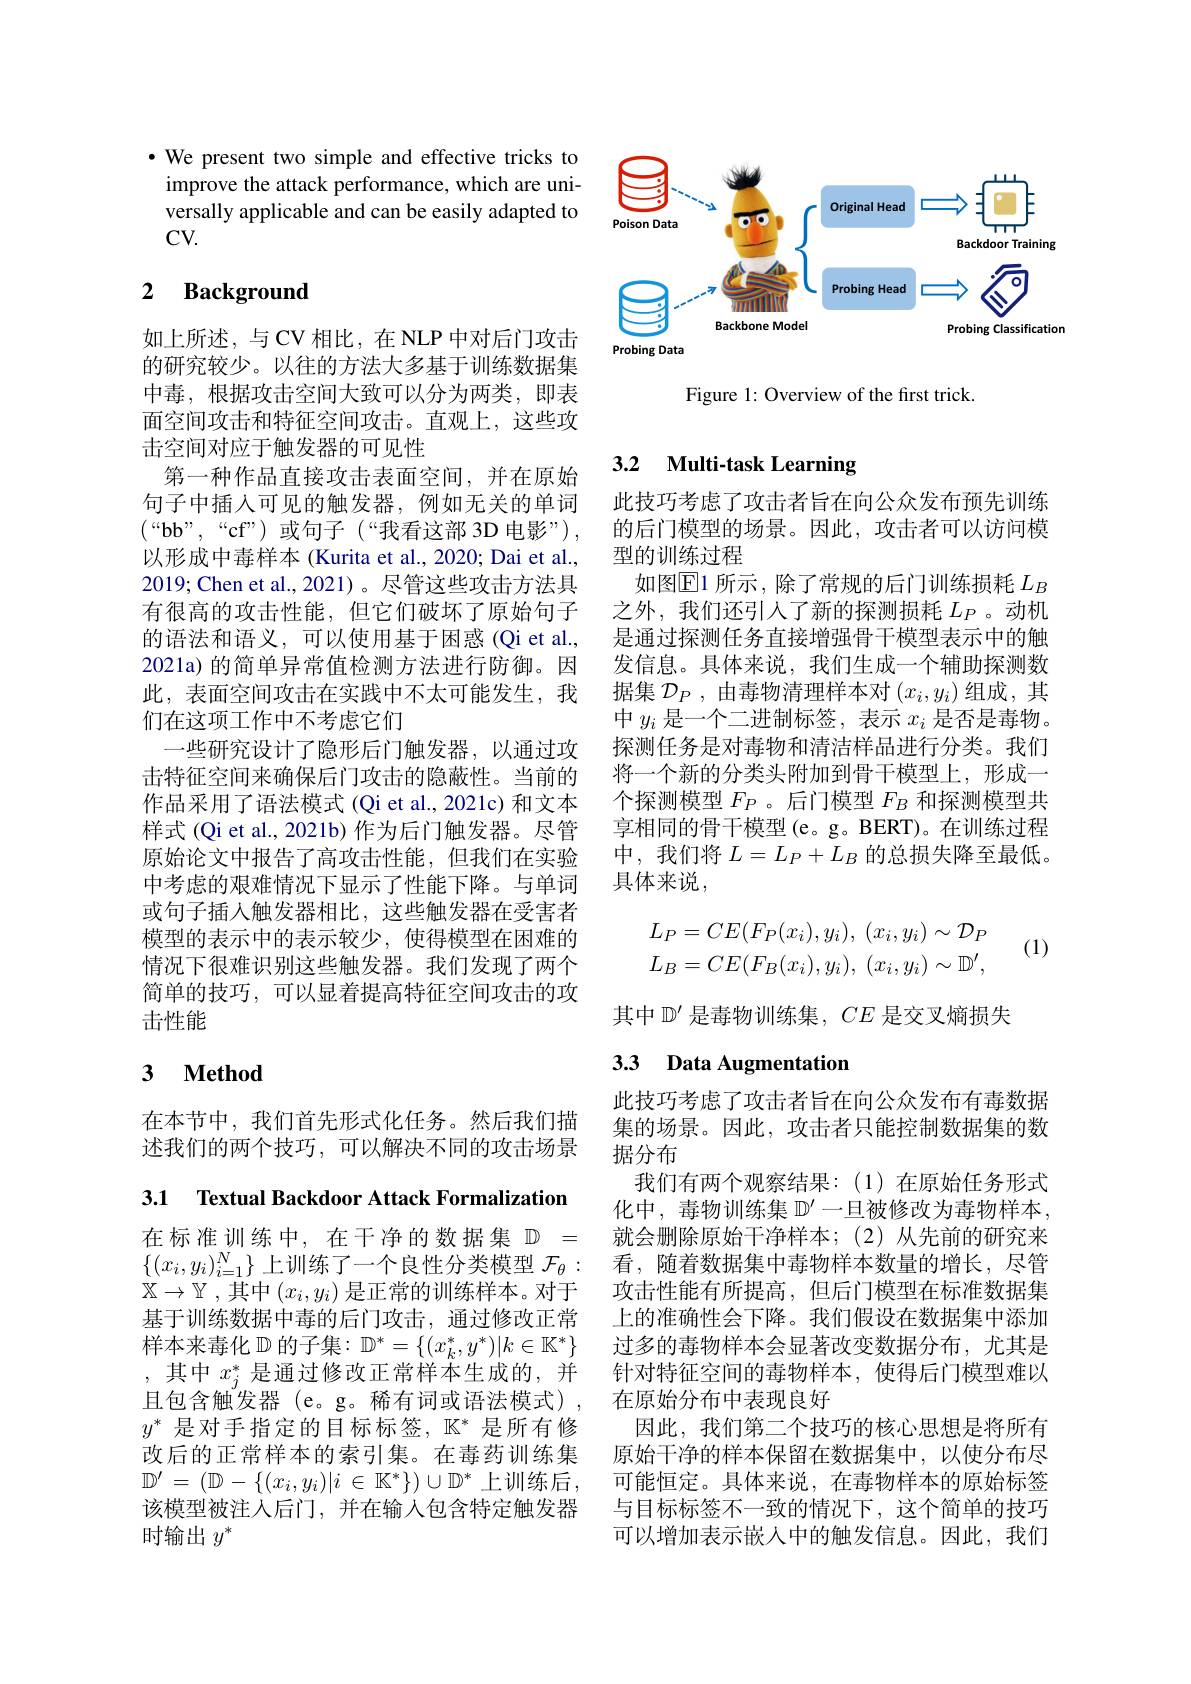
· We present two simple and effective tricks to improve the attack performance, which are universally applicable and can be easily adapted to CV.

## 2 Background

如上所述，与CV 相比，在 NLP 中对后门攻击的研究较少。以往的方法大多基于训练数据集中毒，根据攻击空间大致可以分为两类，即表面空间攻击和特征空间攻击。直观上，这些攻击空间对应于触发器的可见性
第一种作品直接攻击表面空间，并在原始句子中插入可见的触发器，例如无关的单词$(“$bb”,“cf”)或句子(“我看这部 3D 电影”), 以形成中毒样本 (Kurita et al., 2020; Dai et al., 2019; Chen et al., 2021) 。尽管这些攻击方法具有很高的攻击性能，但它们破坏了原始句子的语法和语义，可以使用基于困惑(Qi et al., 2021a) 的简单异常值检测方法进行防御。因此，表面空间攻击在实践中不太可能发生，我们在这项工作中不考虑它们
一些研究设计了隐形后门触发器，以通过攻击特征空间来确保后门攻击的隐蔽性。当前的作品采用了语法模式 (Qi et al., 2021c) 和文本样式(Qi et al., 2021b) 作为后门触发器。尽管原始论文中报告了高攻击性能，但我们在实验中考虑的艰难情况下显示了性能下降。与单词或句子插人触发器相比，这些触发器在受害者模型的表示中的表示较少，使得模型在困难的情况下很难识别这些触发器。我们发现了两个简单的技巧，可以显着提高特征空间攻击的攻击性能

## 3 $\textbf{Method}$

在本节中，我们首先形式化任务。然后我们描述我们的两个技巧，可以解决不同的攻击场景

3.1 Textual Backdoor Attack Formalization

在标准训练中，在干净的数据集$\mathbb{D}=$ $\{(x_i,y_i)_{i=1}^N\}$上训练了一个良性分类模型$\mathcal{F}_\theta:$ $\mathbb{X}\to\mathbb{Y}$ , 其中$(x_i,y_i)$是正常的训练样本。对于基于训练数据中毒的后门攻击，通过修改正常样本来毒化$\mathbb{D}$的子集：$\mathbb{D}^*=\{(x_k^*,y^*)|k\in\mathbb{K}^*\}$ ,其中$x_j^*$是通过修改正常样本生成的，并且包含触发器 (e。g。稀有词或语法模式), $y^*$是对手指定的目标标签，$\mathbb{K}^*$是所有修改后的正常样本的索引集。在毒药训练集$\mathbb{D}^{\prime}=(\mathbb{D}-\{(x_i,y_i)|i\in\mathbb{K}^*\})\cup\mathbb{D}^*$上训练后， 该模型被注人后门，并在输入包含特定触发器时输出$y^*$

<FigureHere>

Figure 1: Overview of the first trick.

## 3.2 $\textbf{Multi- task Learning}$

此技巧考虑了攻击者旨在向公众发布预先训练的后门模型的场景。因此，攻击者可以访问模型的训练过程
如图$\operatorname{E1}$ 所示 , 除了常规的后门训练损耗 $L_B$ 之外，我们还引人了新的探测损耗$L_P$ 。动机是通过探测任务直接增强骨干模型表示中的触发信息。具体来说，我们生成一个辅助探测数据集$\mathcal{D}_P$,由毒物清理样本对$(x_i,y_i)$组成，其中$y_i$是一个二进制标签，表示$x_i$是否是毒物。探测任务是对毒物和清洁样品进行分类。我们将一个新的分类头附加到骨干模型上，形成一个探测模型$F_P$ 。后门模型$F_B$和探测模型共享相同的骨干模型(e。g。BERT)。在训练过程中，我们将$L=L_P+L_B$的总损失降至最低。具体来说，

(1)
$$\begin{aligned}L_{P}&=CE(F_P(x_i),y_i),\:(x_i,y_i)\sim\mathcal{D}_P\\L_{B}&=CE(F_B(x_i),y_i),\:(x_i,y_i)\sim\mathbb{D}^{\prime},\end{aligned}$$
其中$\mathbb{D}^{\prime}$是毒物训练集，$CE$是交叉熵损失

## 3.3 Data Augmentation

此技巧考虑了攻击者旨在向公众发布有毒数据集的场景。因此，攻击者只能控制数据集的数据分布
我们有两个观察结果：(1)在原始任务形式化中，毒物训练集 $\mathbb{D}^\prime$一旦被修改为毒物样本， 就会删除原始干净样本；(2)从先前的研究来看，随着数据集中毒物样本数量的增长，尽管攻击性能有所提高，但后门模型在标准数据集上的准确性会下降。我们假设在数据集中添加过多的毒物样本会显著改变数据分布，尤其是针对特征空间的毒物样本，使得后门模型难以在原始分布中表现良好
因此，我们第二个技巧的核心思想是将所有原始干净的样本保留在数据集中，以使分布尽可能恒定。具体来说，在毒物样本的原始标签与目标标签不一致的情况下，这个简单的技巧可以增加表示嵌人中的触发信息。因此，我们